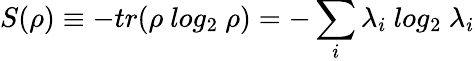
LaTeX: S(\rho)\equiv-tr(\rho\ log_{2}\ \rho)=-\sum_{i}\lambda_{i}\ log_{2}\ \lambda_{i}